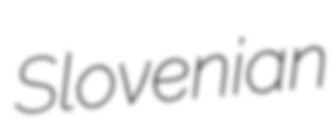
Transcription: Slovenian